Jaan_Tonisson_(Lasteleht), lk 386
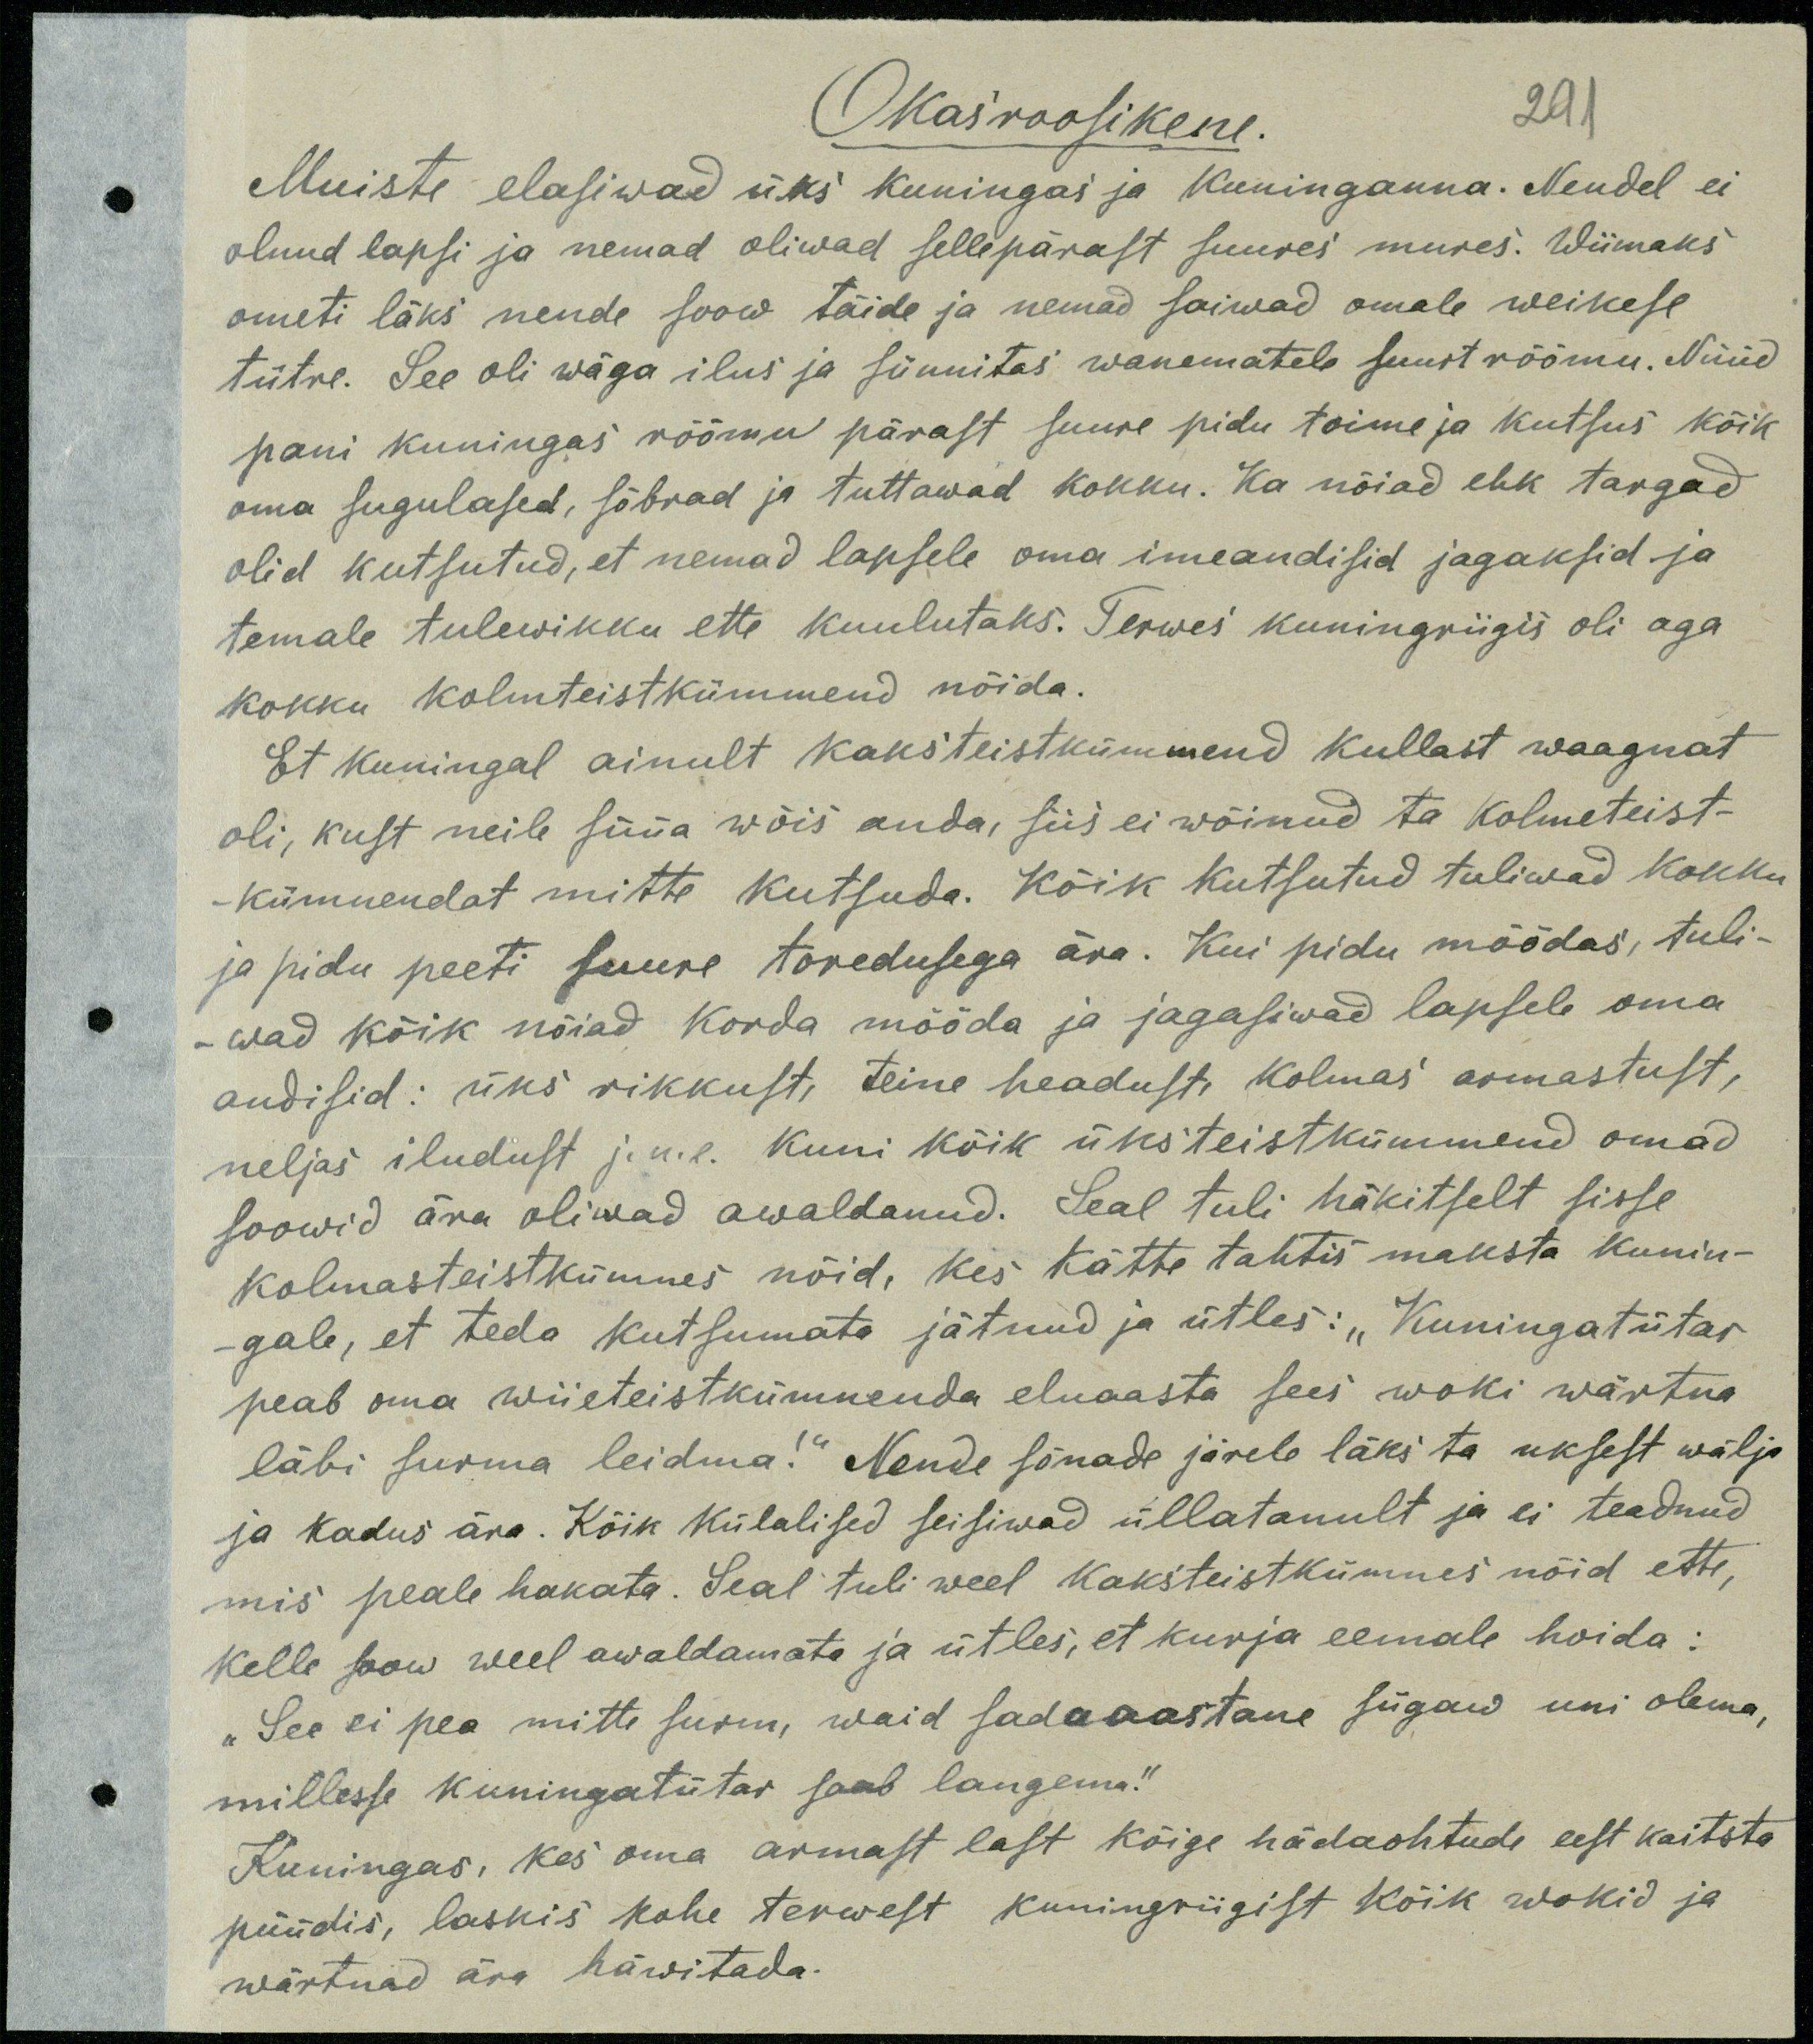
Okasroosikene.
291
Muiste elasiwad üks kuningas ja kuninganna. Nendel ei
olnud lapsi ja nemad oliwad sellepärast suures mures. Wiimaks
ometi läks nende soow täide ja nemad saiwad omale weikese
tütre. See oli wäga ilus ja sünnitas wanematele suurt rõõmu. Nüüd
pani kuningas rõõmu pärast suure pidu toime ja kutsus kõik
oma sugulased, sõbrad ja tuttawad kokku. Ka nõiad ehk targad
olid kutsutud, et nemad lapsele oma imeandisid jagaksid ja
temale tulewikku ette kuulutaks. Terwes kuningriigis oli aga
kokku kolmteistkümmend nõida.
Et kuningal ainult kaksiteistkümmend kullast waagnat
oli, kust neile süüa wõis anda, siis ei võinud ta kolmeteist-
kümnendat mitte kutsuda. Kõik kutsutud tuliwad kokku
ja pidu peeti suure toredusega ära. Kui pidu möödas, tuli-
-wad kõik nõiad korda mööda ja jagasiwad lapsele oma
andisid: üks rikkust, teine headust kolmas armastust,
neljas iludust j.n.e. Kuni kõik üksteistkümmend omad
soowid ära oliwad awaldanud. Seal tuli häkitselt sisse
kolmasteistkümnes nõid, kes kätte tahtis maksta kunin-
gale, et teda kutsumata jätnud ja ütles: "Kuningatütar
peab oma wiieteistkümnenda eluaasta sees woki wärtna
läbi surma leidma!" Nende sõnade järele läks ta uksest wälja
ja kadus ära. Kõik külalised seisiwad üllatanult ja ei teadnud
mis peale hakata. Seal tuli weel kaksteistkümnes nõid ette,
Kelle soow weel awaldamata ja ütles, et kurja eemale hoida:
„See ei pea mitte surm, waid sadaaastane sügaw uni olema,
millesse kuningatütar saab langema."
Kuningas, kes oma armast last kõige hädaohtude eest kaitsta
püüdis, laskis kohe terwest kuningriigist kõik wokid ja
wärtnad ära häwitada.